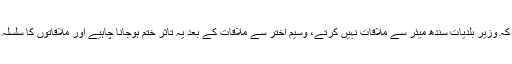
اس موقع وزیر بلدیات سعید غنی کا کہنا تھا کہ ایک تاثر تھا کہ وزیر بلدیات سندھ میئر سے ملاقات نہیں کرتے، وسیم اختر سے ملاقات کے بعد یہ تاثر ختم ہوجانا چاہیے اور ملاقاتوں کا سلسلہ ابھی شروع کیا ہے پہلی ملاقات میئر کراچی سے ہوئی ہے۔